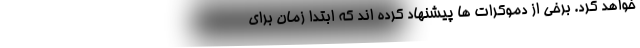
خواهد کرد. برخی از دموکرات ها پیشنهاد کرده اند که ابتدا زمان برای